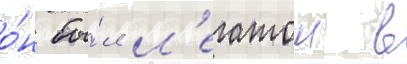
о́н бы́л л'егатом в